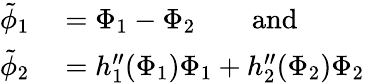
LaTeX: \begin{array}{rl}{\tilde{\phi}_{1}}&{{}=\Phi_{1}-\Phi_{2}\qquad\mathrm{and}}\\ {\tilde{\phi}_{2}}&{{}=h_{1}^{\prime\prime}(\Phi_{1})\Phi_{1}+h_{2}^{\prime\prime}(\Phi_{2})\Phi_{2}}\end{array}